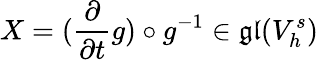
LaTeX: X=(\frac{\partial}{\partial t}g)\circ g^{-1}\in\mathfrak{gl}(V_{h}^{s})